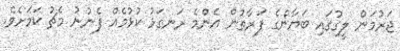
ޖަރުމަން ލީގުގައި ބަޔާންގެ ފަރާތުން އެންމެ ރަނގަޅު ކުޅުމެއް ފެނުނު މެޗު ކަމަށެވެ.